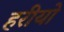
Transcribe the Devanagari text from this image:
हरीयो